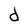
Character: d